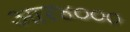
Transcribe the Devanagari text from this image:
आर४०००